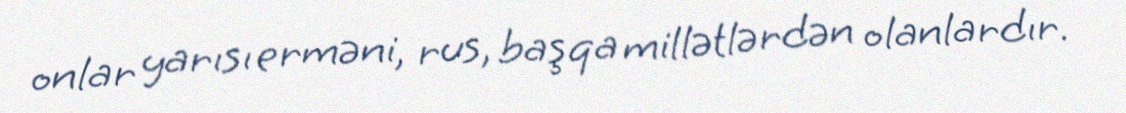
onlar yarısı erməni, rus, başqa millətlərdən olanlardır.